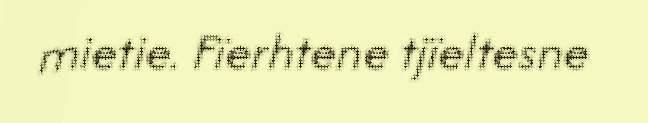
mietie. Fïerhtene tjïeltesne